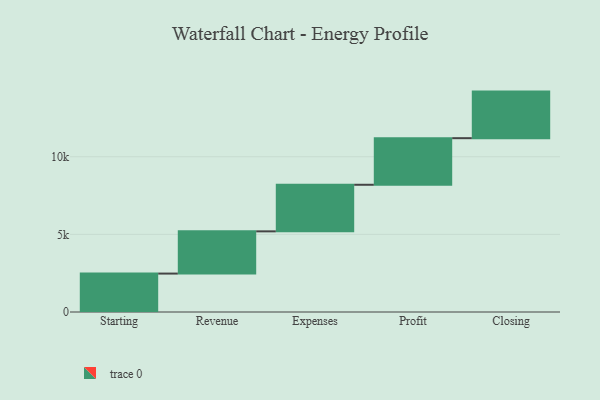
{"axis": {"x": "Step", "y": "Value"}, "legend": [""], "data": [{"x": "Starting", "y": 2474.0, "type": ""}, {"x": "Revenue", "y": 2720.0, "type": ""}, {"x": "Expenses", "y": 3000, "type": ""}, {"x": "Profit", "y": 3000, "type": ""}, {"x": "Closing", "y": 3000, "type": ""}]}